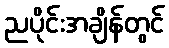
ညပိုင်းအချိန်တွင်